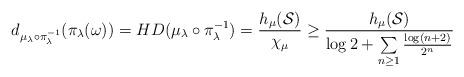
LaTeX: \begin{align*}d_{\mu_\lambda\circ \pi_\lambda^{-1}}(\pi_\lambda(\omega)) = HD(\mu_\lambda\circ \pi_\lambda^{-1}) = \frac{h_\mu(\mathcal S)}{\chi_\mu} \ge \frac{h_\mu(\mathcal S)}{\log 2 + \mathop{\sum}\limits_{n \ge 1} \frac{\log (n+2)}{2^n}}\end{align*}